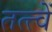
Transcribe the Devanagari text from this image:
तत्त्वें